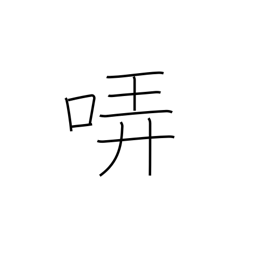
Meaning: warble